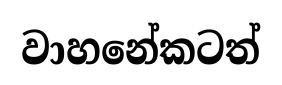
වාහනේකටත්